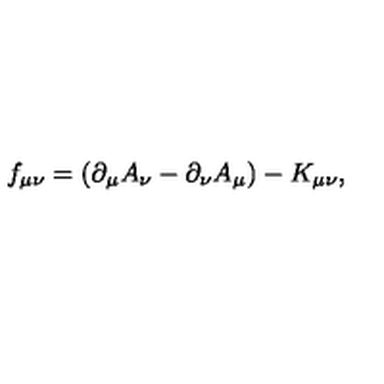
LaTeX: f _ { \mu \nu } = ( \partial _ { \mu } A _ { \nu } - \partial _ { \nu } A _ { \mu } ) - K _ { \mu \nu } ,